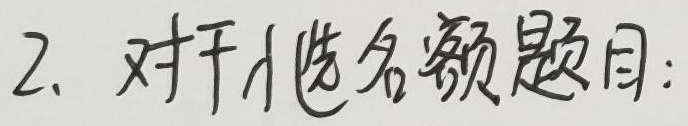
2. 对于小选名额题目：